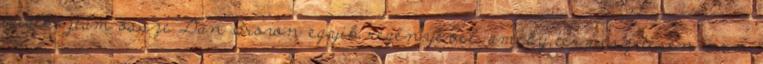
találkoztam össze Dan Brown egyik regényével, amely természetesen nem